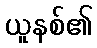
ယူနစ်၏